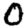
Digit: 0